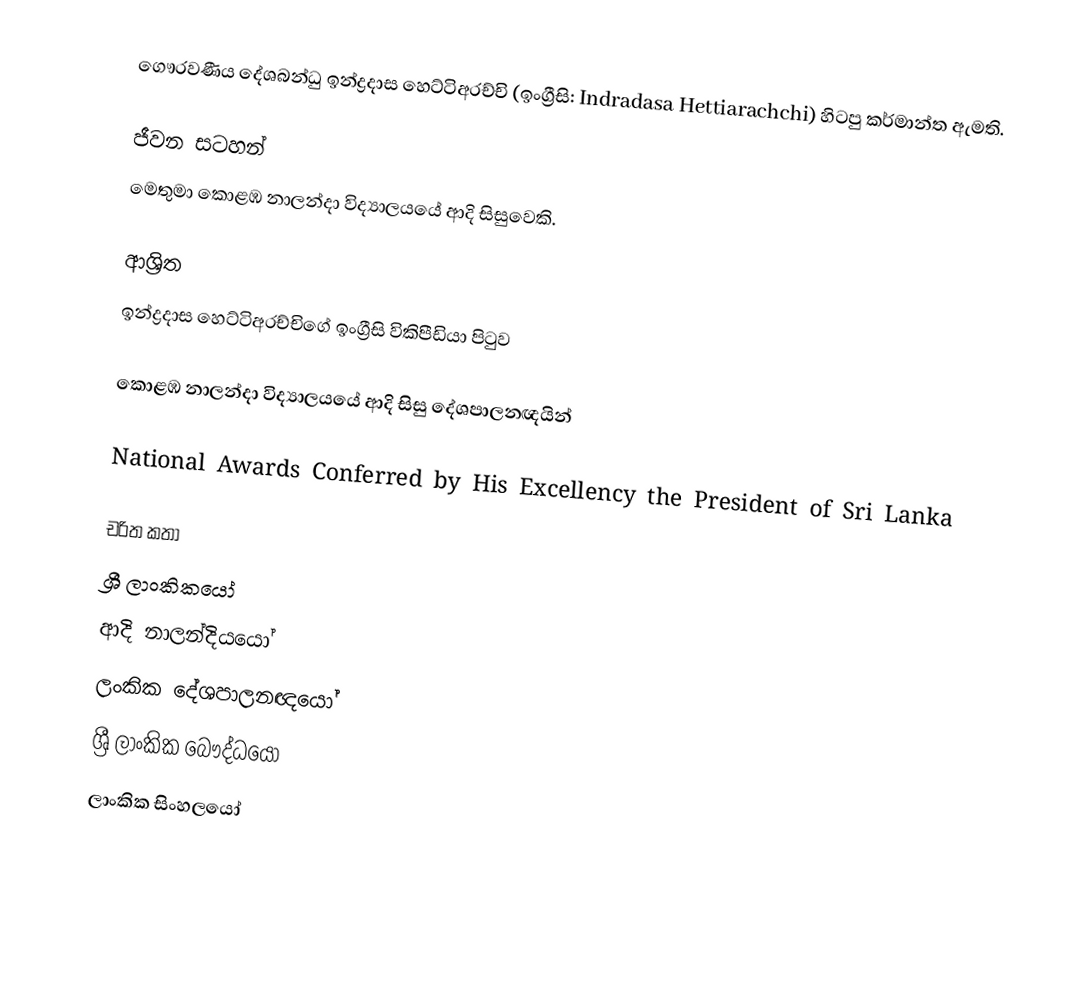
ගෞරවණීය දේශබන්ධු ඉන්ද්‍රදාස හෙට්ටිඅරච්චි (ඉංග්‍රීසි: Indradasa Hettiarachchi) හිටපු කර්මාන්ත ඇමති.

ජීවන සටහන්
මෙතුමා  කොළඹ නාලන්දා විද්‍යාලයයේ ආදි සිසුවෙකි.

ආශ්‍රිත
ඉන්ද්‍රදාස හෙට්ටිඅරච්චිගේ ඉංග්‍රීසි විකිපීඩියා පිටුව

කොළඹ නාලන්දා විද්‍යාලයයේ ආදි සිසු දේශපාලනඥයින්

 National Awards Conferred by His Excellency the President of Sri Lanka

චරිත කතා
ශ්‍රී ලාංකිකයෝ
ආදි නාලන්දියයෝ
ලංකික දේශපාලනඥයෝ
ශ්‍රී ලාංකික බෞද්ධයෝ
ලාංකික සිංහලයෝ